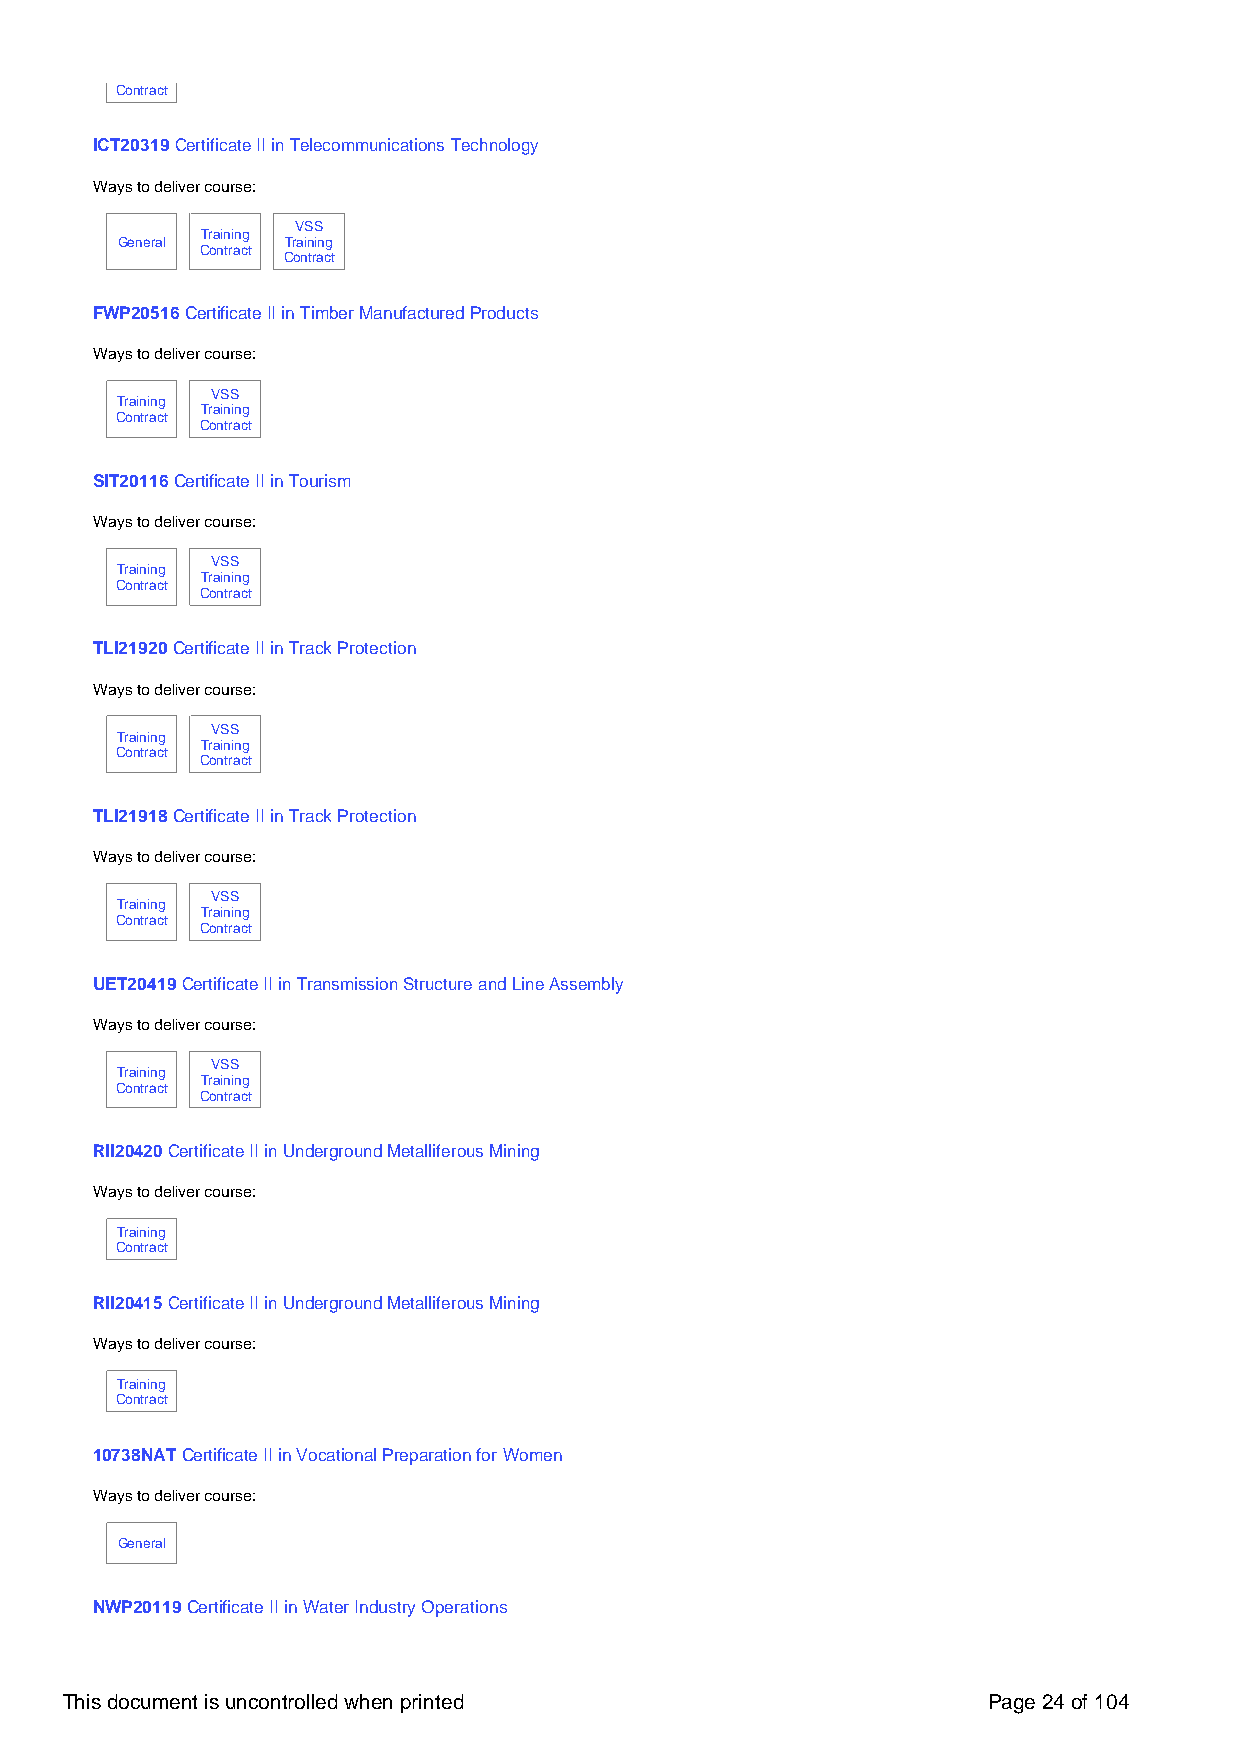
Contract
 ICT20319 Certificate II in Telecommunications Technology
 Ways to deliver course:
 VSS
 Training
 General    Training
 Contract
 Contract
 FWP20516 Certificate II in Timber Manufactured Products
 Ways to deliver course:
 VSS
 Training
 Training
 Contract
 Contract
 SIT20116 Certificate II in Tourism
 Ways to deliver course:
 VSS
 Training
 Training
 Contract
 Contract
 TLI21920 Certificate II in Track Protection
 Ways to deliver course:
 VSS
 Training
 Training
 Contract
 Contract
 TLI21918 Certificate II in Track Protection
 Ways to deliver course:
 VSS
 Training
 Training
 Contract
 Contract
 UET20419 Certificate II in Transmission Structure and Line Assembly
 Ways to deliver course:
 VSS
 Training
 Training
 Contract
 Contract
 RII20420 Certificate II in Underground Metalliferous Mining
 Ways to deliver course:
 Training
 Contract
 RII20415 Certificate II in Underground Metalliferous Mining
 Ways to deliver course:
 Training
 Contract
 10738NAT Certificate II in Vocational Preparation for Women
 Ways to deliver course:
 General
 NWP20119 Certificate II in Water Industry Operations
 This document is uncontrolled when printed                   Page 24 of 104